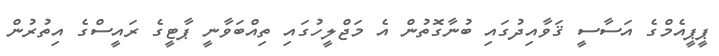
ޕީޕީއެމްގެ އަސާސީ ޤަވާއިދުގައި ބުނާގޮތުން އެ މަޖްލީހުގައި ތިއްބަވާނީ ޕާޓީގެ ރައީސްގެ އިތުރުން